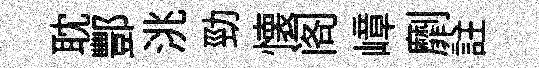
耽酆洮勁懐阁嶂劘註